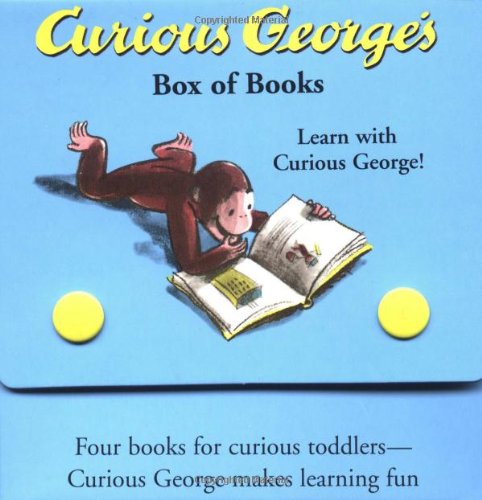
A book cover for Curious George's Box of Books; H. A. Rey; Children's Books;